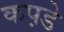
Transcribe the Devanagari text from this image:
कप़डे